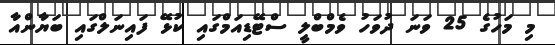
މި މަހުގެ 25 ވަނަ ދުވަހު ވެމްބްލީ ސްޓޭޑިއަމްގައި ކުޅޭ ފައިނަލްގައި ބަޔާންއާ